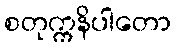
စတုက္ကနိပါတော